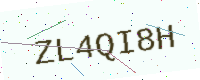
Text: ZL4QI8H